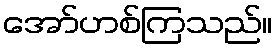
အော်ဟစ်ကြသည်။